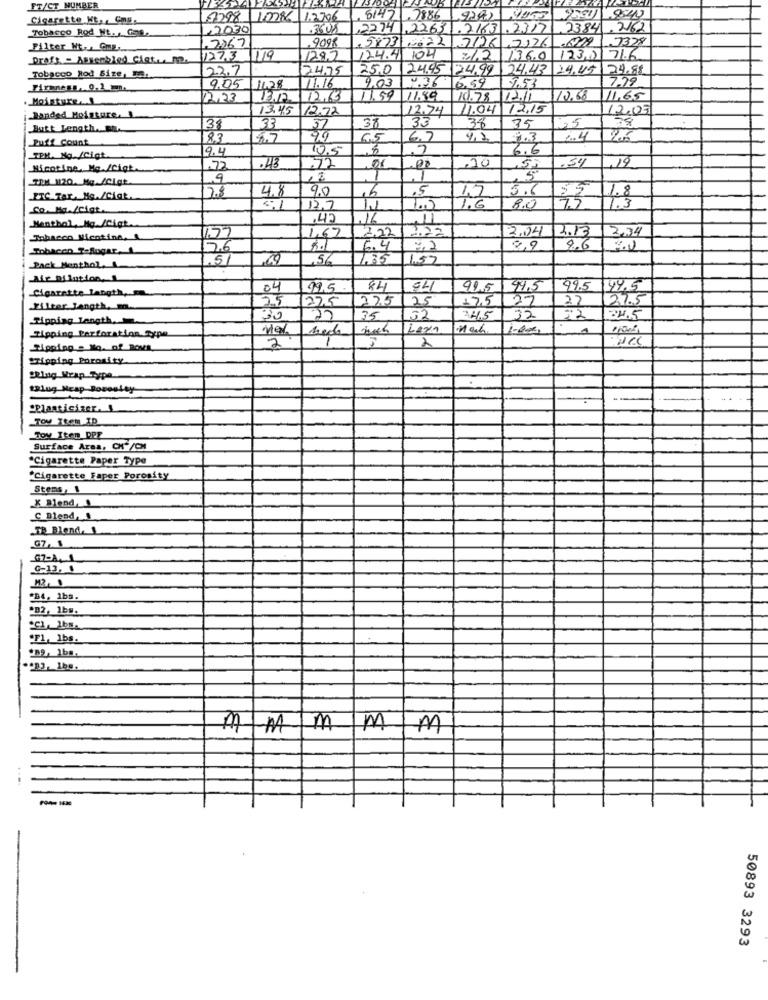
FT/CT NUMBER
Cigarette Ht, . Com.
8298 10286 12706
8142 .7886
9242
Tobacco Rod Nt. , Gas,
,2030
2274 .2263.7163.2317
2384.7162
9098
.6722 7378
Filter Ht- GmE ....
.7767
587322 726 ,7126
Prety - Assembled Cist ., m.
127.3
1/19
12.9.2
124.41
104
136.0
123,0 716
23.7
24,75
25.0
124.95
24.99
24.43
24.45
24.88
Tobacco Rod Size, 3.
9.03
6,99
7.53
7.79
9,05
11.28
11.16
12.23
13.12
12.63
11.59
11.89
10.78
12.11
10.68
11,65
13.45
12.72
12.74
1.04
12,15
12.07
Bonded Moisture. 1
78
Butt Length. B.
33
37
33
38
35
35
Puff Count
8.3
99
6,5
4.7
9.4
10,5
6.6
TEH. Mg /Cigt
.54
19
Nicotine, Mo./Cigt.
.43
72
,20
TUM 1120. Hg./CIgt
9
2.8
9.0
,5
5.6
55
ITC Tar, No./Ciak.
4.8
47
Co.Ma./cigt ..
12.7
41
1.0
8.0
75
1.3
.45
.16
,11
Menthol Mg./Cigt.
222
2.04
2.13
2,34
Tobacco Micotine,
1,67
Tobacco T-Sugar. 1
26
6.4
8,9
8.6
1,33
1.57
Pack Menthol.
Air Dilution.
04
99.5
84
94
99.5
44,5
99.5
49.5
Cigarette Langth,
25
1275
275
25
17.5
27
27
27.5
Filter Jangth, m.
Ripping Length
30
27
35
52
34.5
32
Tipping Perforation Type
2
1
2
"Tipping Porosity
BRluig Wrap Type
tlug Ncap-Bowesley
"Plasticizer. 1
Toy Item ID
Toy Item DPF
Surface Area, CHF/CM
"Cigarette Paper Type
"Cigarette Faper Porosity
Stems, 1
C Blend, J
TB Bland. 1
G7, 1
67-A. 1
C-13, 1
"B4, 1bs.
*B2, 1bs.
"F1, 1bs.
MM MMM
50893 3293